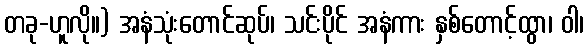
တခု-ဟူလို။) အနံသုံးတောင်ဆုပ်၊ သင်းပိုင် အနံကား နှစ်တောင့်ထွာ၊ ဝါ၊